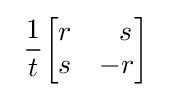
\ {\frac {1}{t}}{\begin{bmatrix}r&~~s\\s&-r\end{bmatrix}}\